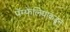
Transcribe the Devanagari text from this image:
पॅम्फेलियाकडून